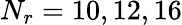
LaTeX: N_{r}=10,12,16